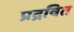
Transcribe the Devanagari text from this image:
प्रद्रवित